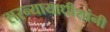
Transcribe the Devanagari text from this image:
सरन्यायाधीशांनी